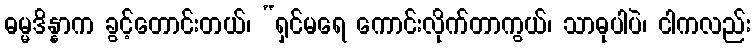
ဓမ္မဒိန္နာက ခွင့်တောင်းတယ်၊ “ရှင်မရေ ကောင်းလိုက်တာကွယ်၊ သာဓုပါပဲ၊ ငါကလည်း